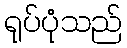
ရုပ်ပုံသည်